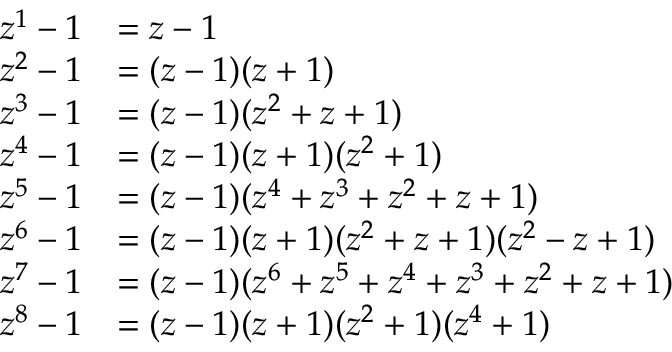
{ \begin{array} { r l } { z ^ { 1 } - 1 } & { = z - 1 } \\ { z ^ { 2 } - 1 } & { = ( z - 1 ) ( z + 1 ) } \\ { z ^ { 3 } - 1 } & { = ( z - 1 ) ( z ^ { 2 } + z + 1 ) } \\ { z ^ { 4 } - 1 } & { = ( z - 1 ) ( z + 1 ) ( z ^ { 2 } + 1 ) } \\ { z ^ { 5 } - 1 } & { = ( z - 1 ) ( z ^ { 4 } + z ^ { 3 } + z ^ { 2 } + z + 1 ) } \\ { z ^ { 6 } - 1 } & { = ( z - 1 ) ( z + 1 ) ( z ^ { 2 } + z + 1 ) ( z ^ { 2 } - z + 1 ) } \\ { z ^ { 7 } - 1 } & { = ( z - 1 ) ( z ^ { 6 } + z ^ { 5 } + z ^ { 4 } + z ^ { 3 } + z ^ { 2 } + z + 1 ) } \\ { z ^ { 8 } - 1 } & { = ( z - 1 ) ( z + 1 ) ( z ^ { 2 } + 1 ) ( z ^ { 4 } + 1 ) } \end{array} }